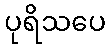
ပုရိသပေ